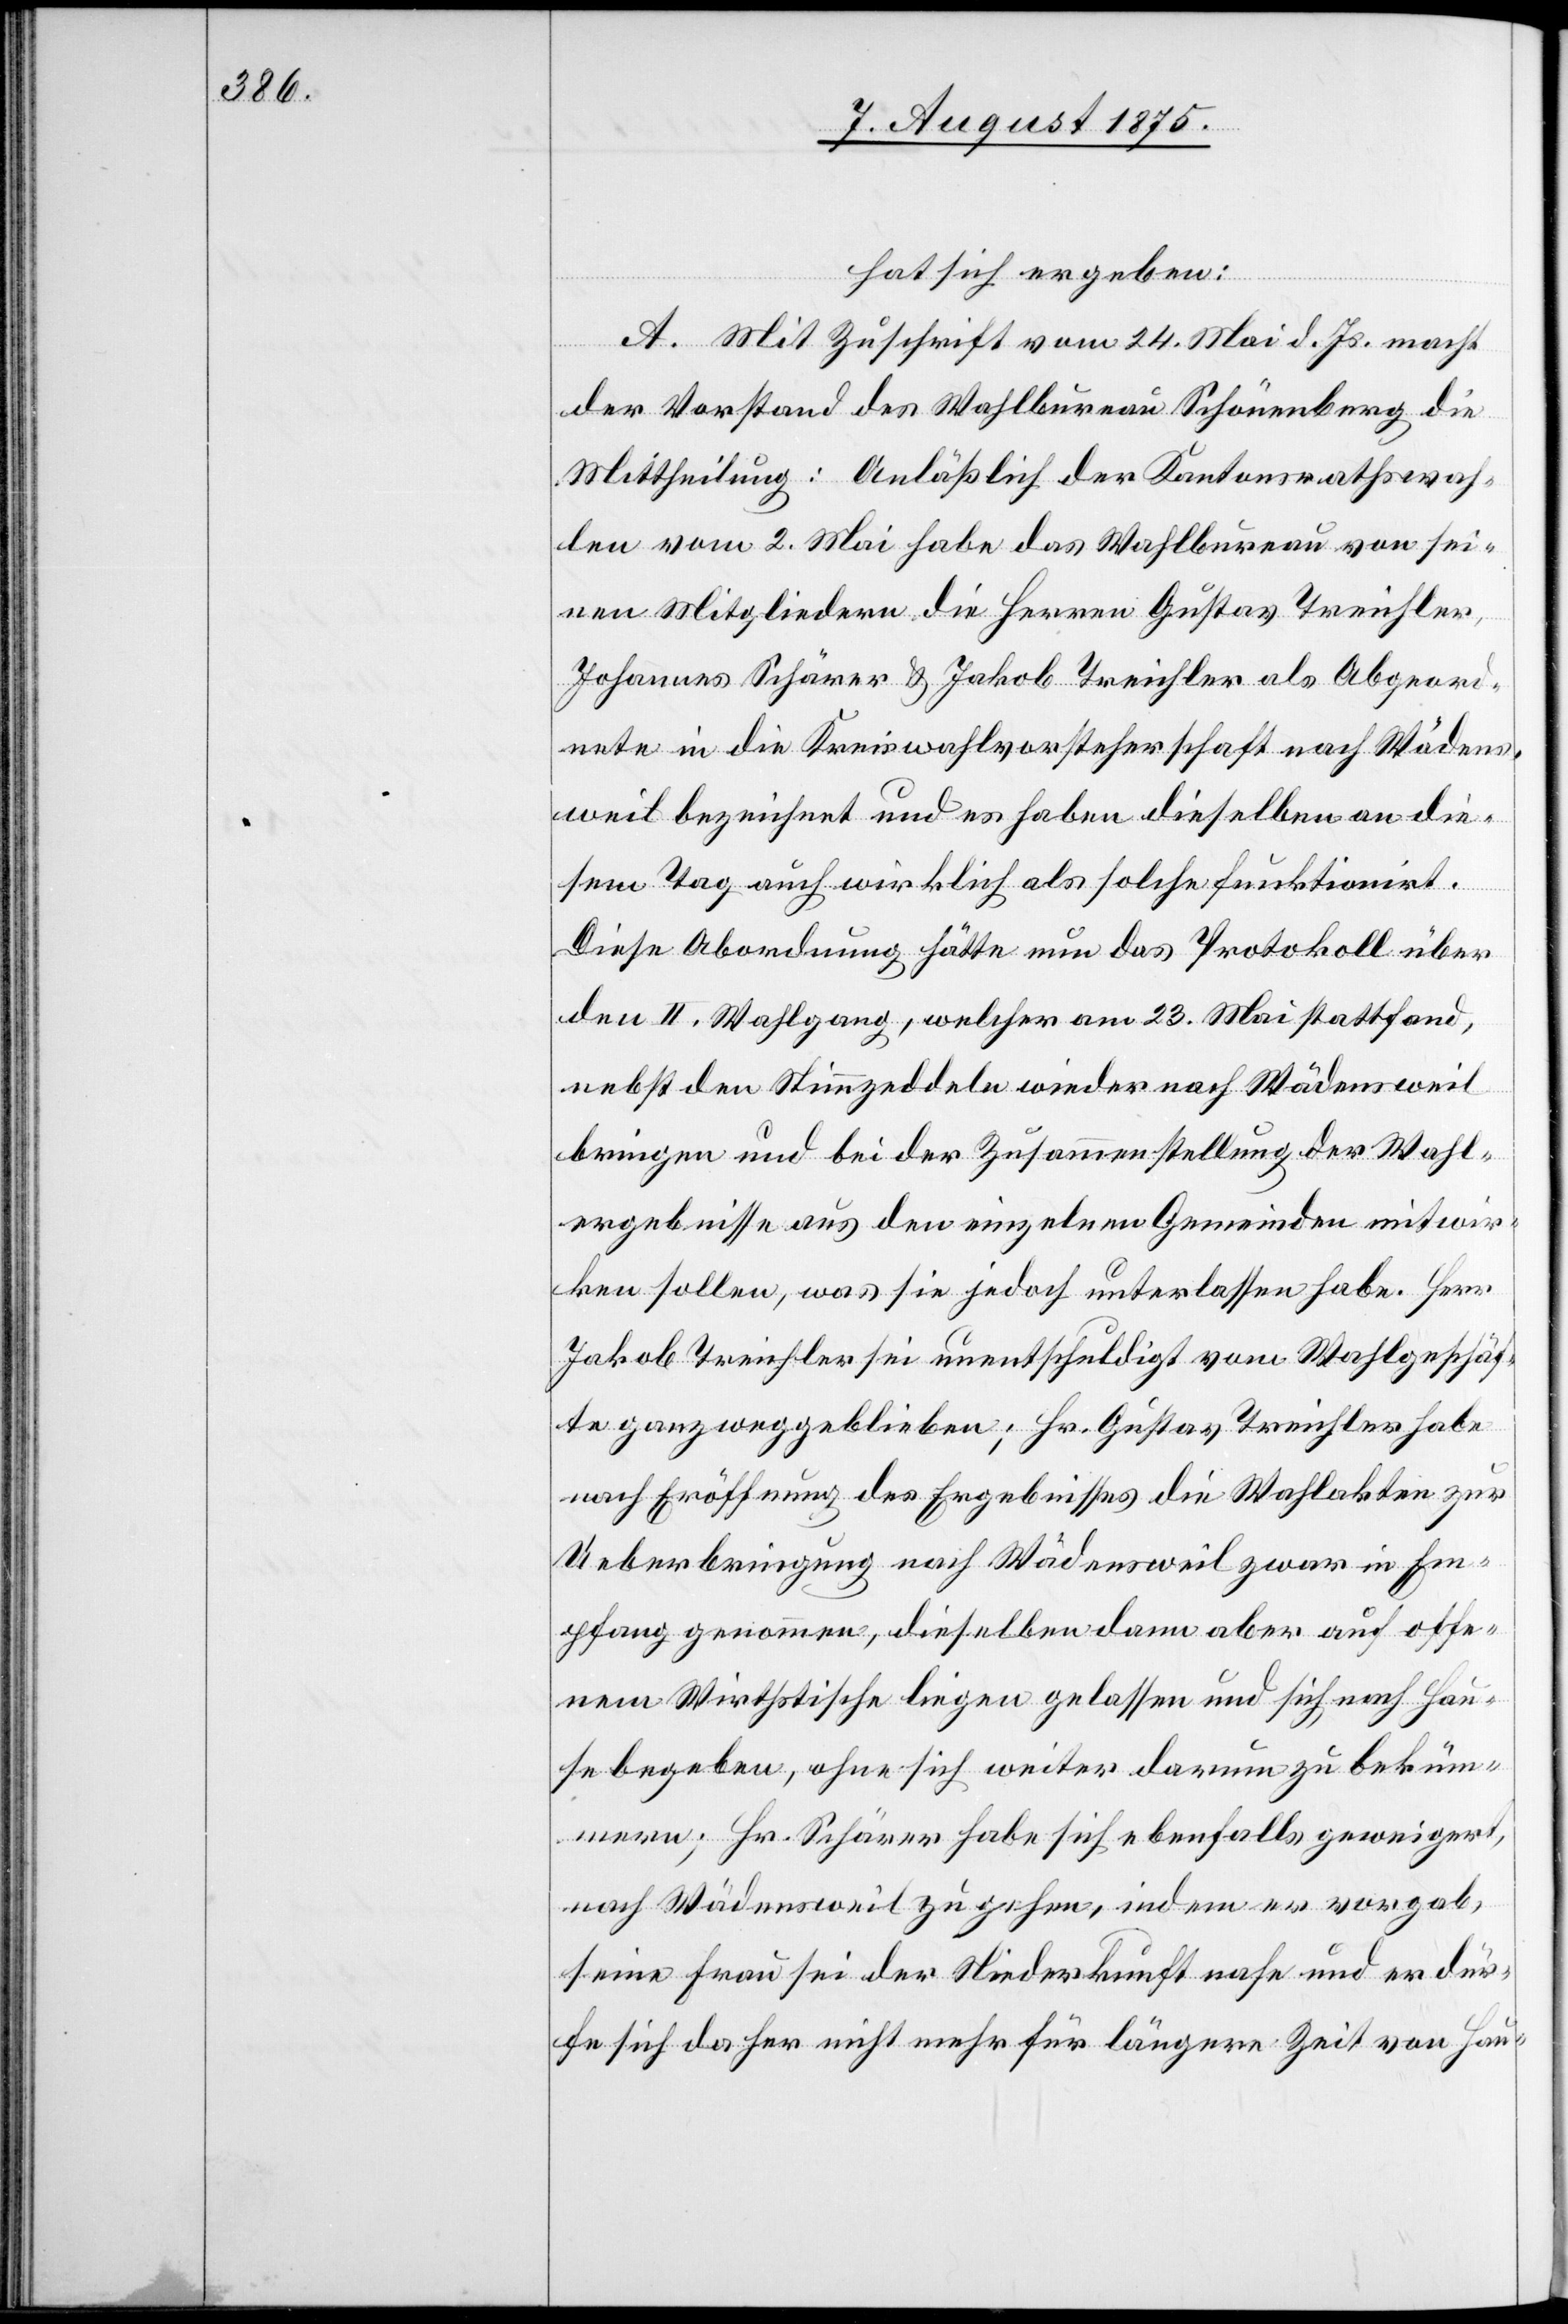
hat sich ergeben:
A. Mit Zuschrift vom 24. Mai d. Js. macht
der Vorstand des Wahlbureau Schönenberg die
Mittheilung: Anläßlich der Kantonsrathswah¬
len vom 2. Mai habe das Wahlbureau von sei¬
nen Mitgliedern die Herren Gustav Treichler,
Johannes Schärer & Jakob Treichler als Abgeord¬
nete in die Kreiswahlvorsteherschaft nach Wädens¬
weil bezeichnet und es haben dieselben an die¬
sem Tag auch wirklich als solche funktionirt.
Diese Abordnung hätte nun das Protokoll über
den II. Wahlgang, welcher am 23. Mai stattfand,
nebst den Stimmzeddeln wieder nach Wädensweil
bringen und bei der Zusammenstellung der Wahl¬
ergebnisse aus den einzelnen Gemeinden mitwir¬
ken sollen, was sie jedoch unterlassen habe. Herr
Jakob Treichler sei unentschuldigt vom Wahlgeschäf¬
te ganz weggeblieben; Herr Gustav Treichler habe
nach Eröffnung des Ergebnisses die Wahlakten zur
Ueberbringung nach Wädensweil zwar in Em¬
pfang genommen, dieselben dann aber auf offe¬
nem Wirthstische liegen gelassen und sich nach Hau¬
se begeben, ohne sich weiter darum zu beküm¬
mern; Hr. Schärer habe sich ebenfalls geweigert,
nach Wädensweil zu gehen, indem er vorgab,
seine Frau sei der Niederkunft nahe und er dür¬
fe sich daher nicht mehr für längere Zeit von Hau-